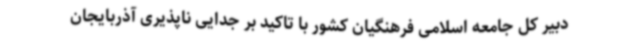
دبیر کل جامعه اسلامی فرهنگیان کشور با تاکید بر جدایی ناپذیری آذربایجان